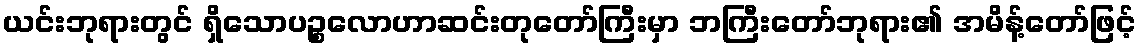
ယင်းဘုရားတွင် ရှိသောပဉ္စလောဟာဆင်းတုတော်ကြီးမှာ ဘကြီးတော်ဘုရား၏ အမိန့်တော်ဖြင့်